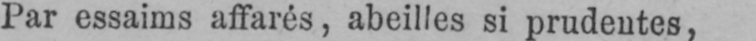
Par essaims affarés, abeilles si prudentes,